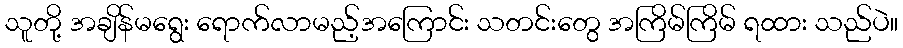
သူတို့ အချိန်မရွေး ရောက်လာမည့်အကြောင်း သတင်းတွေ အကြိမ်ကြိမ် ရထား သည်ပဲ။